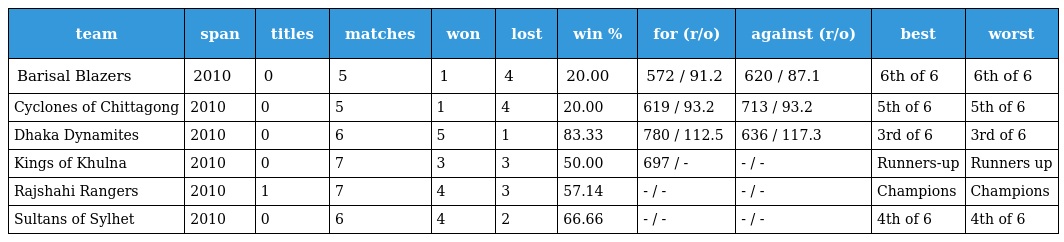
| team | span | titles | matches | won | lost | win % | for (r/o) | against (r/o) | best | worst |
 | --- | --- | --- | --- | --- | --- | --- | --- | --- | --- | --- |
 | Barisal Blazers | 2010 | 0 | 5 | 1 | 4 | 20.00 | 572 / 91.2 | 620 / 87.1 | 6th of 6 | 6th of 6 |
 | Cyclones of Chittagong | 2010 | 0 | 5 | 1 | 4 | 20.00 | 619 / 93.2 | 713 / 93.2 | 5th of 6 | 5th of 6 |
 | Dhaka Dynamites | 2010 | 0 | 6 | 5 | 1 | 83.33 | 780 / 112.5 | 636 / 117.3 | 3rd of 6 | 3rd of 6 |
 | Kings of Khulna | 2010 | 0 | 7 | 3 | 3 | 50.00 | 697 / - | - / - | Runners-up | Runners up |
 | Rajshahi Rangers | 2010 | 1 | 7 | 4 | 3 | 57.14 | - / - | - / - | Champions | Champions |
 | Sultans of Sylhet | 2010 | 0 | 6 | 4 | 2 | 66.66 | - / - | - / - | 4th of 6 | 4th of 6 |